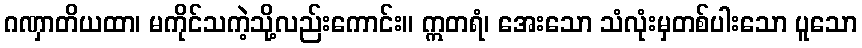
ဂဏှာတိယထာ၊ မကိုင်သကဲ့သို့လည်းကောင်း။ ဣတရံ၊ အေးသော သံလုံးမှတစ်ပါးသော ပူသော